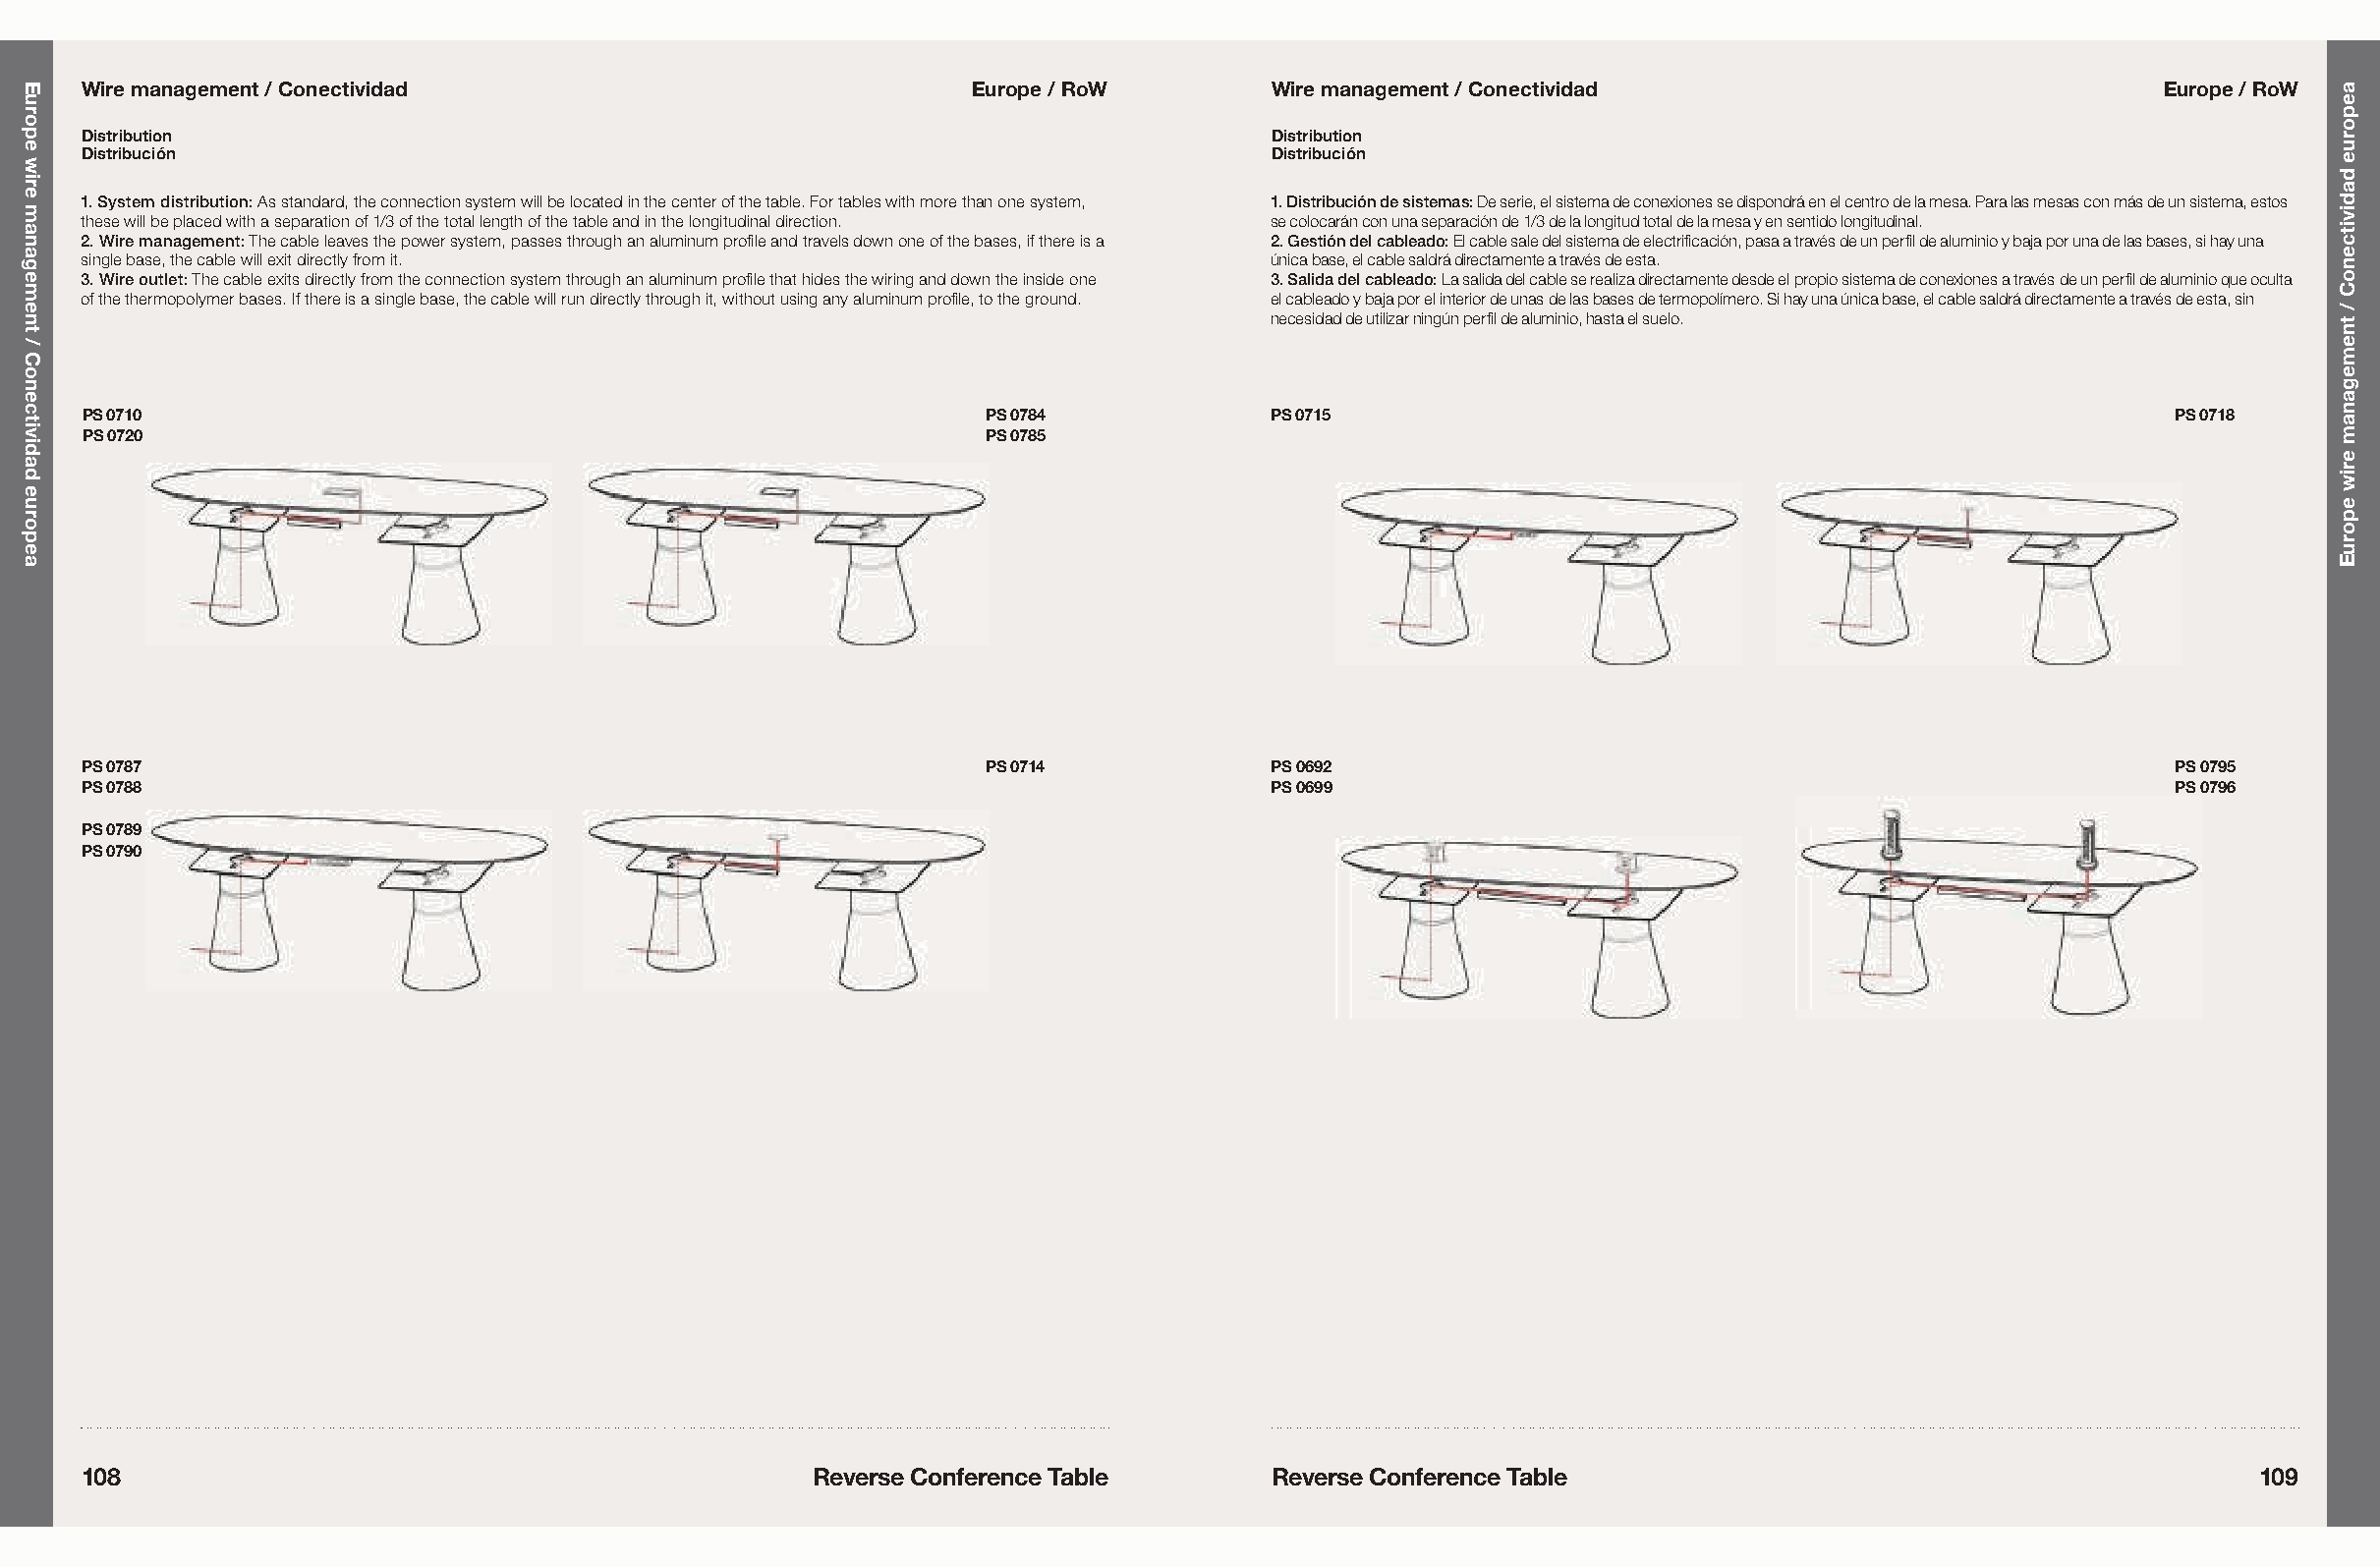
Wire management / Conectividad                              Europe / RoW         Wire management / Conectividad                              Europe / RoW
 Distribution                                                                     Distribution
 Distribución                                                                     Distribución
 1. System distribution: As standard, the connection system will be located in the center of the table. For tables with more than one system, 1. Distribución de sistemas: De serie, el sistema de conexiones se dispondrá en el centro de la mesa. Para las mesas con más de un sistema, estos
 these will be placed with a separation of 1/3 of the total length of the table and in the longitudinal direction. se colocarán con una separación de 1/3 de la longitud total de la mesa y en sentido longitudinal.
 2. Wire management: The cable leaves the power system, passes through an aluminum profile and travels down one of the bases, if there is a 2. Gestión del cableado: El cable sale del sistema de electrificación, pasa a través de un perfil de aluminio y baja por una de las bases, si hay una
 single base, the cable will exit directly from it.                               única base, el cable saldrá directamente a través de esta.
 3. Wire outlet: The cable exits directly from the connection system through an aluminum profile that hides the wiring and down the inside one 3. Salida del cableado: La salida del cable se realiza directamente desde el propio sistema de conexiones a través de un perfil de aluminio que oculta
 of the thermopolymer bases. If there is a single base, the cable will run directly through it, without using any aluminum profile, to the ground. el cableado y baja por el interior de unas de las bases de termopolímero. Si hay una única base, el cable saldrá directamente a través de esta, sin
 necesidad de utilizar ningún perfil de aluminio, hasta el suelo.
 PS 0710                                                     PS 0784             PS 0715                                                     PS 0718
 PS 0720                                                     PS 0785
 PS 0787                                                      PS 0714             PS 0692                                                     PS 0795
 PS 0788                                                                          PS 0699                                                     PS 0796
 PS 0789
 PS 0790
 108                                               Reverse Conference Table       Reverse Conference Table                                          109
 Europe
 wire
 management
 /
 Conectividad
 europea
 aeporue
 dadivitcenoC
 /
 tnemeganam
 eriw
 eporuE